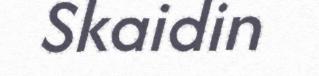
Skaidin